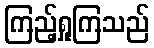
ကြည့်ရှုကြသည်